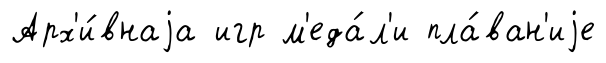
Арх'и́внаjа игр м'еда́л'и пла́ван'иjе